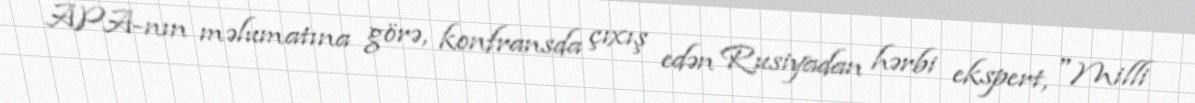
APA-nın məlumatına görə, konfransda çıxış edən Rusiyadan hərbi ekspert, "Milli